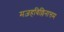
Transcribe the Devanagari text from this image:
मज़हविल्लिनात्तम